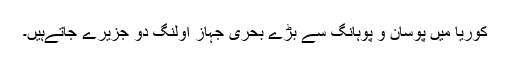
کوریا میں پوسان و پوہانگ سے بڑے بحری جہاز اولنگ دو جزیرے جاتےہیں۔